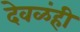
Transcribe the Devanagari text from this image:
देवळंही